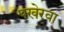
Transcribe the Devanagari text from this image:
पखेरवा